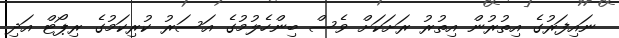
ނައިފަރުގެ އިތުރުން އިތުރު ރަށަކަށް ވެސް ބިންހެލުމުގެ އަސަރު ކުރިކަމުގެ ރިޕޯޓް އަދި